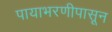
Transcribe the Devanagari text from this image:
पायाभरणीपासून